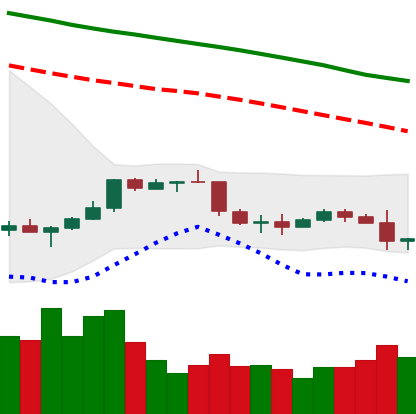
Ticker: NEO-USD
Chart end date: 2022-01-06
Forward return: -3.802%
Label: down_3_5